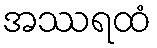
အဿရထံ